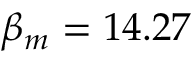
\beta _ { m } = 1 4 . 2 7